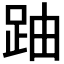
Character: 𲃛